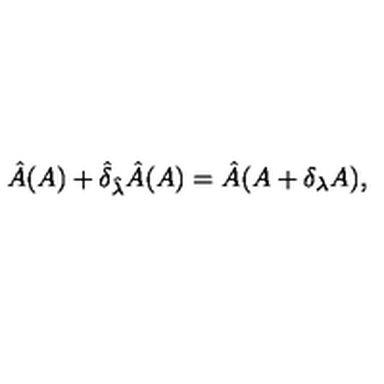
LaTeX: \hat { A } ( A ) + \hat { \delta } _ { \hat { \lambda } } \hat { A } ( A ) = \hat { A } ( A + \delta _ { \lambda } A ) ,